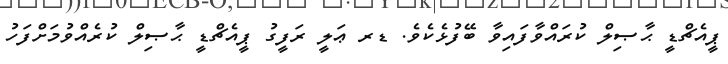
ޕީއެޗްޑީ ޙާޞިލް ކުރައްވާފައިވާ ބޭފުޅެކެވެ. ޑރ ޢަލީ ރަފީގު ޕީއެޗްޑީ ޙާޞިލް ކުރެއްވުމަށްފަހު